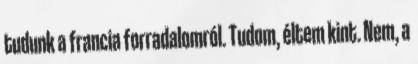
tudunk a francia forradalomról. Tudom, éltem kint. Nem, a